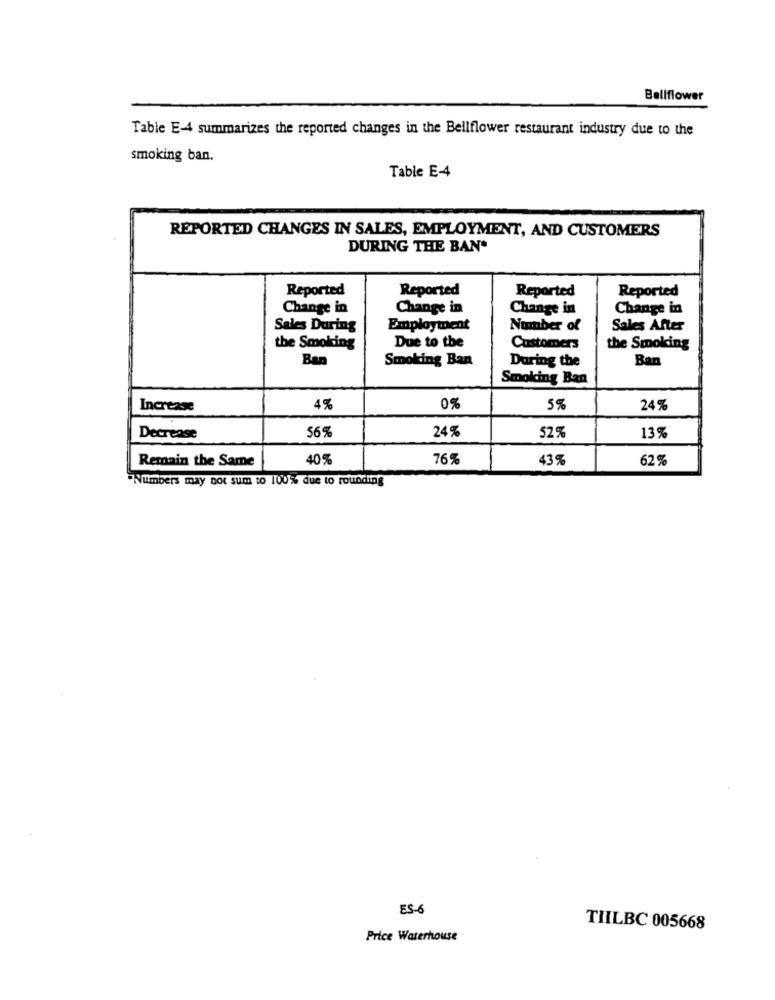
Bellflower
Table E-4 summarizes the reported changes in the Bellflower restaurant industry due to the
smoking ban.
Table E-4
REPORTED CHANGES IN SALES, EMPLOYMENT, AND CUSTOMERS
DURING THE BAN*
Reported
Reported
Reported
Reported
Change in
Change in
Change in
Change in
Sales During
Employment
Number of
Sales After
Due to the
the Smoking
Customers
the Smoking
Ban
Smoking Ban
During the
Ban
Smoking Ban
Increase
4%
0%
5%
24%
56%
24%
Decrease
52%
13%
Remain the Same
40%
76%
43%
62%
"Numbers may not sum to 100% due to rounding
ES-6
TILBC 005668
Price Waterhouse